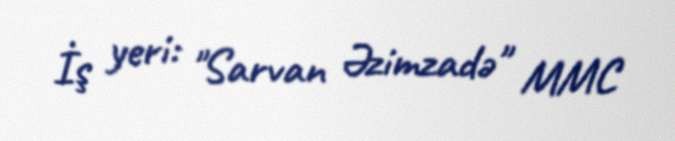
İş yeri: "Sarvan Əzimzadə" MMC